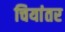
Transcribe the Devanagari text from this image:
चियांतर